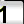
Digit: 1